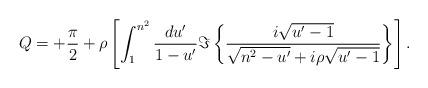
LaTeX: \begin{align*}Q =+{\pi\over2} + \rho \left[\int_1^{n^2} {d u'\over1-u'}\Im\left\{ {i\sqrt{u'-1} \over \sqrt{n^2-u'} + i \rho \sqrt{u'-1} }\right\}\right].\end{align*}